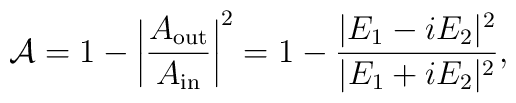
{\cal A} = 1 - \left | {A_{\rm out} \over A_{\rm in} }\right |^2 =1-{{|E_1 - i E_2|^2} \over {|E_1 + i E_2|^2}},